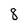
Character: 8